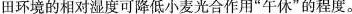
田环境的相对湿度可降低小麦光合作用”午休”的程度。